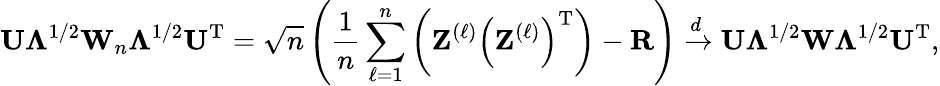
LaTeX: \mathbf{U}\boldsymbol{\Lambda}^{1/2}\mathbf{W}_{n}\boldsymbol{\Lambda}^{1/2}\mathbf{U}^{\mathrm{T}}=\sqrt{n}\left(\frac{1}{n}\sum_{\ell=1}^{n}\left(\mathbf{Z}^{(\ell)}\left(\mathbf{Z}^{(\ell)}\right)^{\mathrm{T}}\right)-\mathbf{R}\right)\xrightarrow{d}\mathbf{U}\boldsymbol{\Lambda}^{1/2}\mathbf{W}\boldsymbol{\Lambda}^{1/2}\mathbf{U}^{\mathrm{T}},